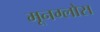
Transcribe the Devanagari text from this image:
मूनग्लोस